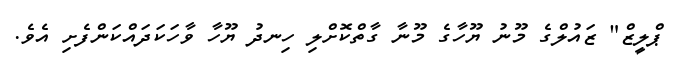
ޕްލީޒް" ޒައުލްގެ މޫނު ޔޫހާގެ މޫނާ ގާތްކޮށްލި ހިނދު ޔޫހާ ވާހަަކަދައްކަންފެށި އެވެ.